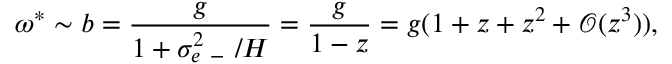
\omega ^ { \ast } \sim b = \frac { g } { 1 + \sigma _ { e \mathrm { ~ - ~ } } ^ { 2 } / H } = \frac { g } { 1 - z } = g ( 1 + z + z ^ { 2 } + \mathcal O ( z ^ { 3 } ) ) ,